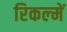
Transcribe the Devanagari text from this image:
रिकल्‍में